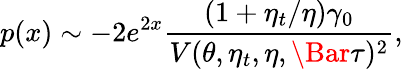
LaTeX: p(x)\sim-2e^{2x}\frac{(1+\eta_{t}/\eta)\gamma_{0}}{V(\theta,\eta_{t},\eta,\Bar{\tau})^{2}},